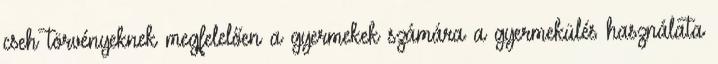
cseh törvényeknek megfelelően a gyermekek számára a gyermekülés használata